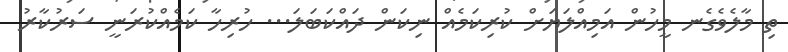
ތި މާލެވެގެނ މީހުން އަމިއްލަޔަށް ކުރިކަމެއް ނިކަން ދައްކަބަލަ... ހުރިހާ ކަމެއްކުރަނީ ސަރުކާރު